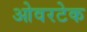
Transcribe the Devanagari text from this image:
ओवरटेक